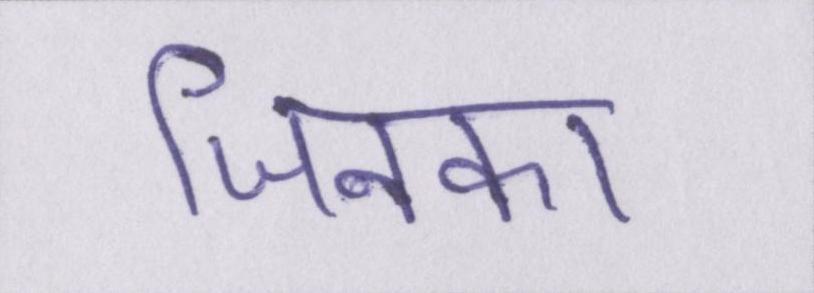
जिनका